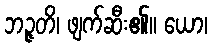
ဘဉ္ဇတိ၊ ဖျက်ဆီး၏။ ယော၊